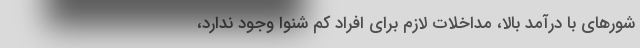
شورهای با درآمد بالا، مداخلات لازم برای افراد کم شنوا وجود ندارد،